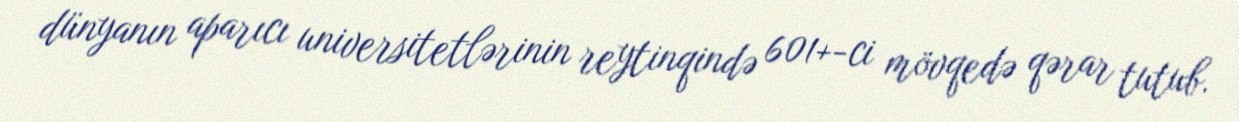
dünyanın aparıcı universitetlərinin reytinqində 601+-ci mövqedə qərar tutub.